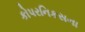
કોપરનિકસના